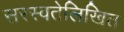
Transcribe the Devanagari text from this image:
सरस्वतेलिखित